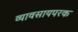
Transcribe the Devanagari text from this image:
व्यावसायपरक